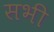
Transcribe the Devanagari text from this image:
सभी